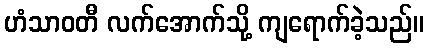
ဟံသာဝတီ လက်အောက်သို့ ကျရောက်ခဲ့သည်။